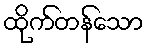
ထိုက်တန်သော